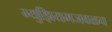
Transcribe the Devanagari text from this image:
म्युझियमजवळच